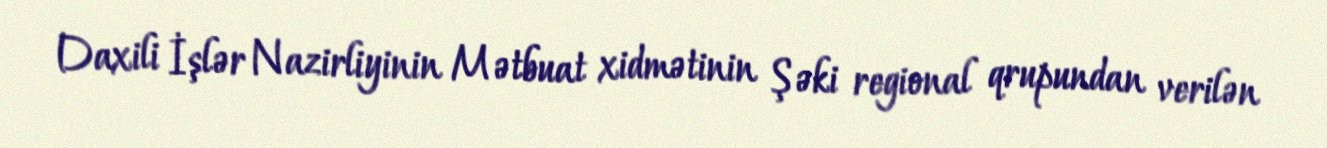
Daxili İşlər Nazirliyinin Mətbuat xidmətinin Şəki regional qrupundan verilən